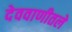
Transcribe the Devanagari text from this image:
देववाणीतले